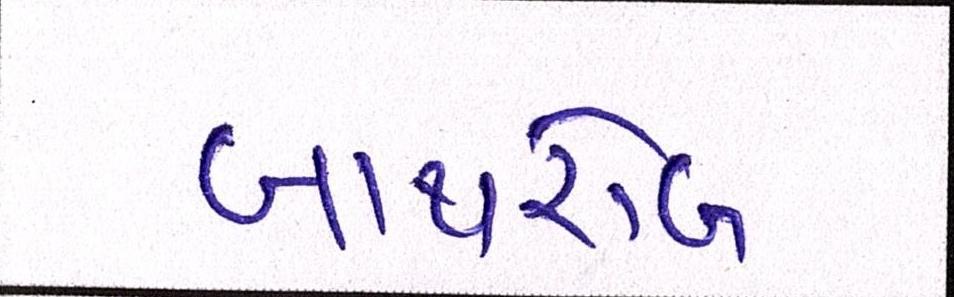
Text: બાથરોબ